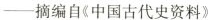
—摘编自《中国古代史资料》